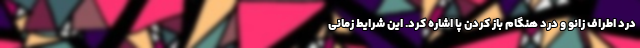
درد اطراف زانو و درد هنگام باز کردن پا اشاره کرد. این شرایط زمانی